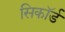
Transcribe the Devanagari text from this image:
सिकॉर्ड